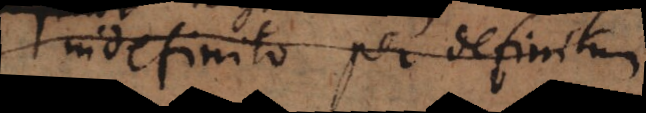
definito per definitum